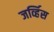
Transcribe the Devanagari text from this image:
जर्व्हिस